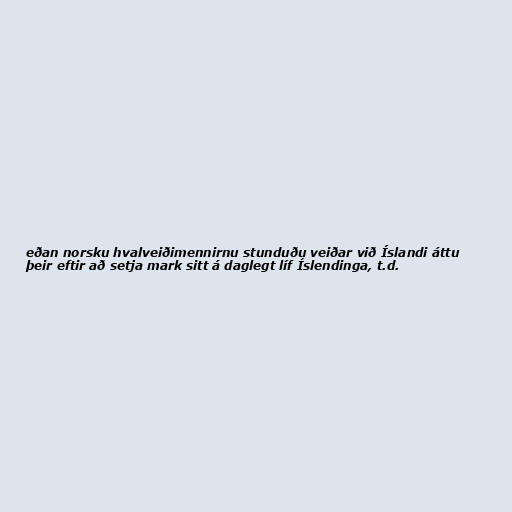
eðan norsku hvalveiðimennirnu stunduðu veiðar við Íslandi áttu
þeir eftir að setja mark sitt á daglegt líf Íslendinga, t.d.